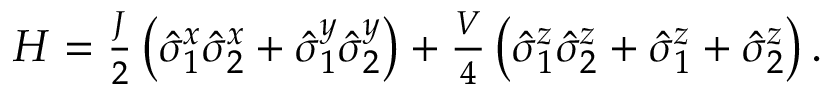
\begin{array} { r } { H = \frac { J } { 2 } \left( \hat { \sigma } _ { 1 } ^ { x } \hat { \sigma } _ { 2 } ^ { x } + \hat { \sigma } _ { 1 } ^ { y } \hat { \sigma } _ { 2 } ^ { y } \right) + \frac { V } { 4 } \left( \hat { \sigma } _ { 1 } ^ { z } \hat { \sigma } _ { 2 } ^ { z } + \hat { \sigma } _ { 1 } ^ { z } + \hat { \sigma } _ { 2 } ^ { z } \right) . } \end{array}